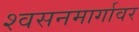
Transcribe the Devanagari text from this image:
श्वसनमार्गावर